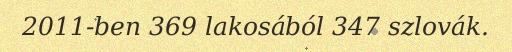
2011-ben 369 lakosából 347 szlovák.